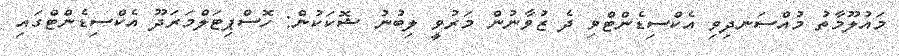
މައުލޫމާތު މުއްސަނދިވި އެކްސިޑެންޓްވި ދެ ޒުވާނުން މަރުވީ ލިބުނު ޝޮކަކުން: ހޮސްޕިޓަލްމަރަދޫ އެކްސިޑެންޓްގައި